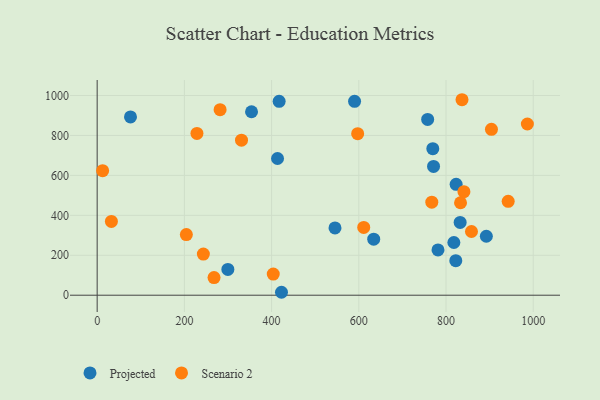
{"axis": {"x": "Study Hours", "y": "Yield"}, "legend": ["Projected", "Scenario 2"], "data": [{"x": "832.4", "y": 364.3, "type": "Projected"}, {"x": "354.0", "y": 918.8, "type": "Projected"}, {"x": "299.7", "y": 129.2, "type": "Projected"}, {"x": "822.4", "y": 172.9, "type": "Projected"}, {"x": "769.7", "y": 733.7, "type": "Projected"}, {"x": "417.3", "y": 970.7, "type": "Projected"}, {"x": "413.6", "y": 684.6, "type": "Projected"}, {"x": "634.2", "y": 280.7, "type": "Projected"}, {"x": "818.0", "y": 264.0, "type": "Projected"}, {"x": "590.3", "y": 970.8, "type": "Projected"}, {"x": "422.7", "y": 14.7, "type": "Projected"}, {"x": "757.9", "y": 880.4, "type": "Projected"}, {"x": "892.5", "y": 295.3, "type": "Projected"}, {"x": "76.4", "y": 892.6, "type": "Projected"}, {"x": "823.2", "y": 555.4, "type": "Projected"}, {"x": "771.4", "y": 644.9, "type": "Projected"}, {"x": "545.4", "y": 337.0, "type": "Projected"}, {"x": "781.6", "y": 226.6, "type": "Projected"}, {"x": "858.4", "y": 319.0, "type": "Scenario 2"}, {"x": "228.8", "y": 810.3, "type": "Scenario 2"}, {"x": "243.5", "y": 206.1, "type": "Scenario 2"}, {"x": "986.6", "y": 857.3, "type": "Scenario 2"}, {"x": "32.6", "y": 369.5, "type": "Scenario 2"}, {"x": "12.5", "y": 623.7, "type": "Scenario 2"}, {"x": "767.4", "y": 465.8, "type": "Scenario 2"}, {"x": "836.7", "y": 978.9, "type": "Scenario 2"}, {"x": "833.3", "y": 462.9, "type": "Scenario 2"}, {"x": "841.1", "y": 518.6, "type": "Scenario 2"}, {"x": "403.8", "y": 106.0, "type": "Scenario 2"}, {"x": "611.3", "y": 339.5, "type": "Scenario 2"}, {"x": "942.6", "y": 470.0, "type": "Scenario 2"}, {"x": "281.9", "y": 929.0, "type": "Scenario 2"}, {"x": "331.0", "y": 776.1, "type": "Scenario 2"}, {"x": "904.2", "y": 830.7, "type": "Scenario 2"}, {"x": "204.5", "y": 303.5, "type": "Scenario 2"}, {"x": "597.4", "y": 808.7, "type": "Scenario 2"}, {"x": "268.0", "y": 88.3, "type": "Scenario 2"}]}